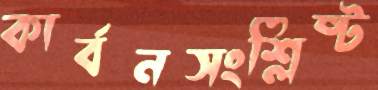
কার্বনসংশ্লিষ্ট